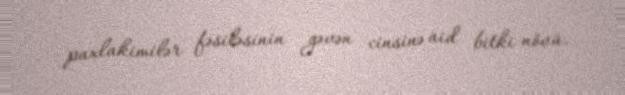
paxlakimilər fəsiləsinin gəvən cinsinə aid bitki növü.